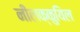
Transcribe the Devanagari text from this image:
नीलक्कुयिल